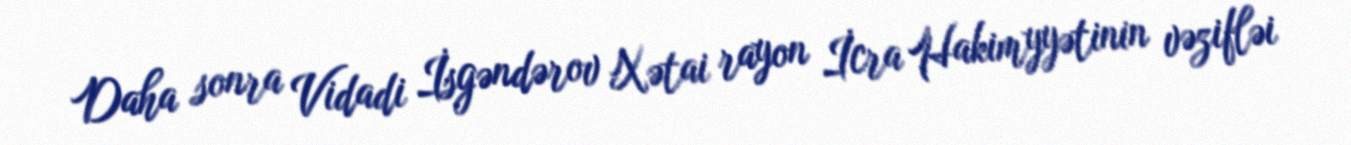
Daha sonra Vidadi İsgəndərov Xətai rayon İcra Hakimyyətinin vəzifləi